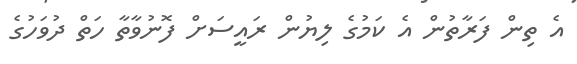
އެ ތިން ފަރާތުން އެ ކަމުގެ ލިޔުން ރައީސަށް ފޮނުވާތާ ހަތް ދުވަހުގެ